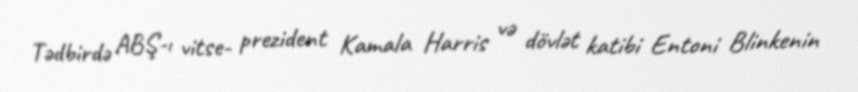
Tədbirdə ABŞ-ı vitse- prezident Kamala Harris və dövlət katibi Entoni Blinkenin